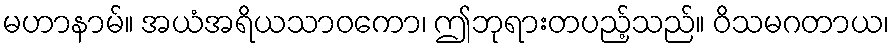
မဟာနာမ်။ အယံအရိယသာဝကော၊ ဤဘုရားတပည့်သည်။ ဝိသမဂတာယ၊